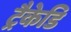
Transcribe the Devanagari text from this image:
ट्रैकेडि